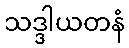
သဒ္ဒါယတနံ